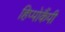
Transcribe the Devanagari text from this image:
हिप्पोकैंपी